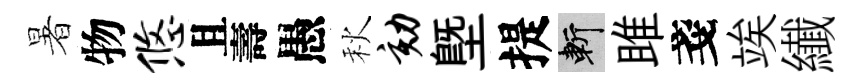
暑物悠且壽愚秋劾塈提斬雎戔竢纎